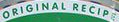
ORIGINAL RECIPE